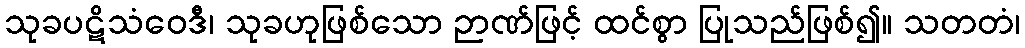
သုခပဋိသံဝေဒီ၊ သုခဟုဖြစ်သော ဉာဏ်ဖြင့် ထင်စွာ ပြုသည်ဖြစ်၍။ သတတံ၊